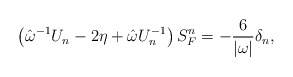
\begin{align*}\left( \hat{\omega}^{-1}U_n-2\eta +\hat{\omega}U_n^{-1}\right) S_F^n=-\frac6{|\omega |}\delta _n,\end{align*}